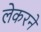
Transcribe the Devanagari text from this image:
लेकरने